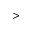
>